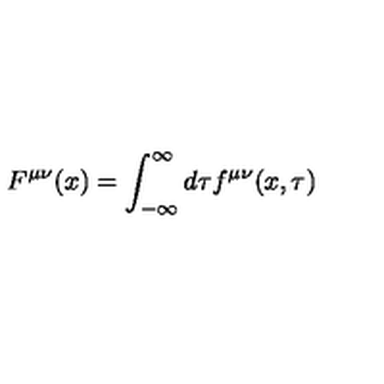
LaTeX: F ^ { \mu \nu } ( x ) = \int _ { - \infty } ^ { \infty } d \tau f ^ { \mu \nu } ( x , \tau )